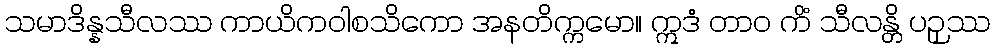
သမာဒိန္နသီလဿ ကာယိကဝါစသိကော အနတိက္ကမော။ ဣဒံ တာဝ ကိံ သီလန္တိ ပဉှဿ